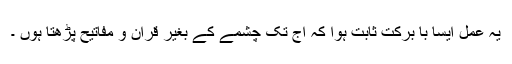
یہ عمل ایسا با برکت ثابت ہوا کہ آج تک چشمے کے بغیر قرآن و مفاتیح پڑھتا ہوں ۔